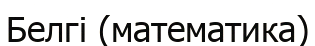
Белгі (математика)